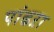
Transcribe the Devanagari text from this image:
पांढऱा